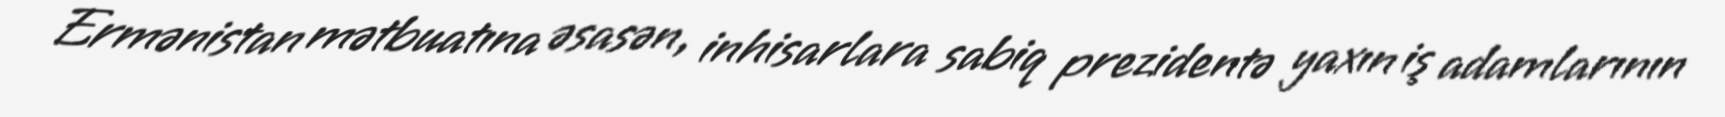
Ermənistan mətbuatına əsasən, inhisarlara sabiq prezidentə yaxın iş adamlarının